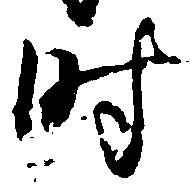
時